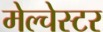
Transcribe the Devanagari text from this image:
मेल्चेस्टर